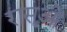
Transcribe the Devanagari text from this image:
रासूओं